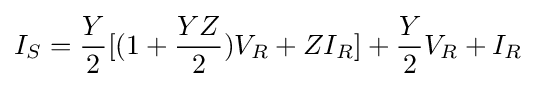
I_{S}={\frac {Y}{2}}[(1+{\frac {YZ}{2}})V_{R}+ZI_{R}]+{\frac {Y}{2}}V_{R}+I_{R}